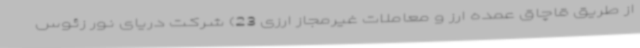
از طریق قاچاق عمده ارز و معاملات غیرمجاز ارزی 23) شرکت دریای نور زئوس